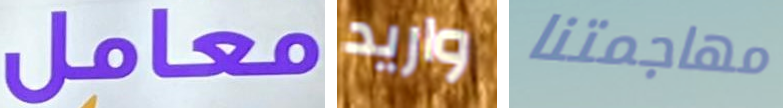
معامل واريد مهاجمتنا